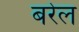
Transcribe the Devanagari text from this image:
बरेल